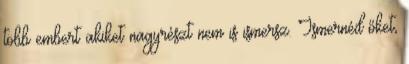
több embert akiket nagyrészt nem is ismersz. Ismernéd őket,